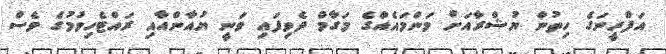
އަފްރީނަގެ ހިތުން ޔުޝްރާއަށް މަންމައެއްގެ މަގާމް ދެވިފައި ވަނީ ޔުއާންއާއި ރައްޓެހިވުމުގެ ވެސް